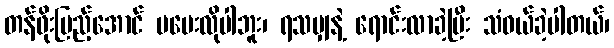
တန်ဖိုးပြည့်အောင် မပေးလိုပါဘူး၊ ရသမျှနဲ့ ရောင်းလာခဲ့ပြီး သံဝယ်ခဲ့ပါတယ်၊